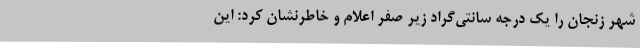
شهر زنجان را یک درجه سانتی‌گراد زیر صفر اعلام و خاطرنشان کرد: این